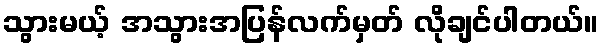
သွားမယ့် အသွားအပြန်လက်မှတ် လိုချင်ပါတယ်။